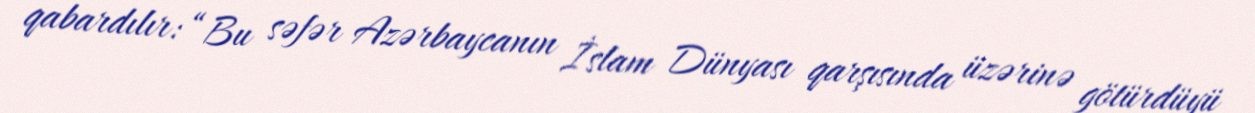
qabardılır: “Bu səfər Azərbaycanın İslam Dünyası qarşısında üzərinə götürdüyü